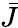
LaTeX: \bar{J}